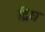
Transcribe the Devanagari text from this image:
द्रिघ